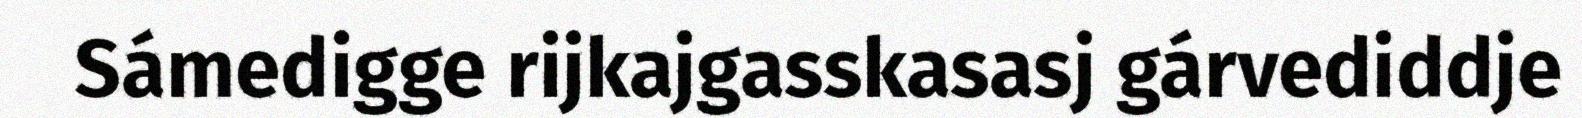
Sámedigge rijkajgasskasasj gárvediddje